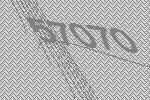
57070